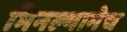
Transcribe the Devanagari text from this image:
भिनल्यानेच